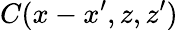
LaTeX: C(x-x^{\prime},z,z^{\prime})